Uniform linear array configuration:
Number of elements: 48
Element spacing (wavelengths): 0.5
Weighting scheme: blackman
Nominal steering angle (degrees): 15
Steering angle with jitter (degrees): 13.073
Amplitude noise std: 0.05
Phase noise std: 0.05

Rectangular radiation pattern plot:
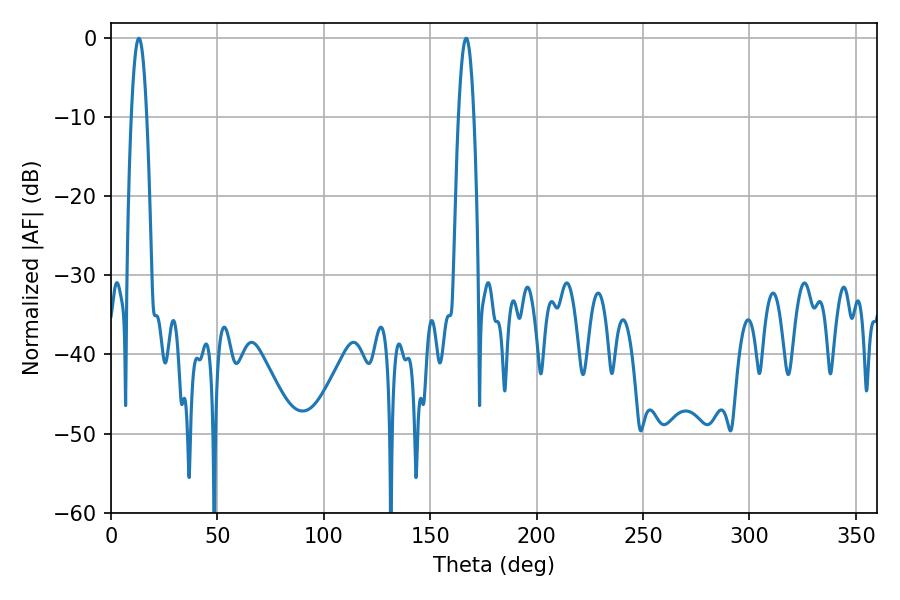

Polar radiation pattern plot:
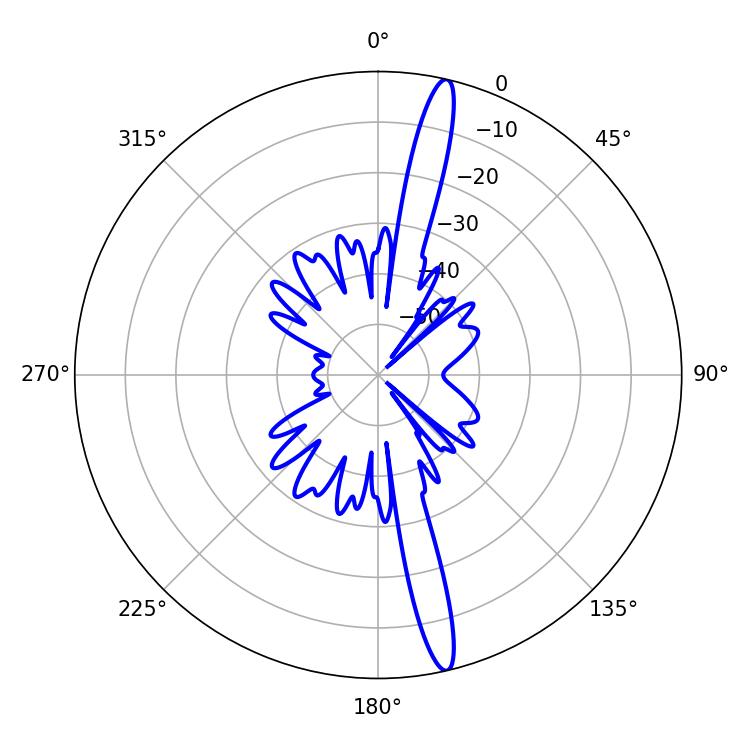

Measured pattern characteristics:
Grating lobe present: FALSE
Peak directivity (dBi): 17.685
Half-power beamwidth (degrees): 3.96
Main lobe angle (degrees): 13.14